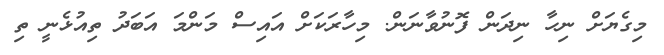
މިގެޔަށް ނިހާ ނިދަން ފޮނުވާނަން. މިހާރަކަށް އައިސް މަންމަ އަބަދު ތިއުޅެނީ ތި